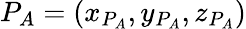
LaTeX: P_{A}=(x_{P_{A}},y_{P_{A}},z_{P_{A}})